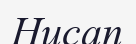
Нисап